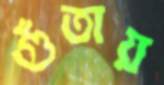
গুঁতায়